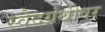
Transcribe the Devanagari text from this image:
स्वेदग्रंथीवर